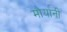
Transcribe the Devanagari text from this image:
मौर्यांनी